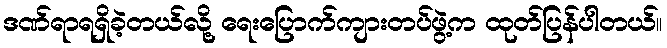
ဒဏ်ရာရရှိခဲ့တယ်လို့ ရေးပြောက်ကျားတပ်ဖွဲ့က ထုတ်ပြန်ပါတယ်။